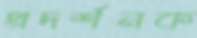
প্রদর্শনক